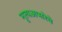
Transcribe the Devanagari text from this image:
नृत्यअप्सरेचे